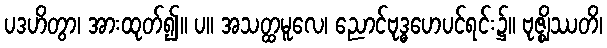
ပဒဟိတွာ၊ အားထုတ်၍။ ပ။ အသတ္ထမူလေ၊ ညောင်ဗုဒ္ဓဟေပင်ရင်း၌။ ဗုဇ္ဈိဿတိ၊